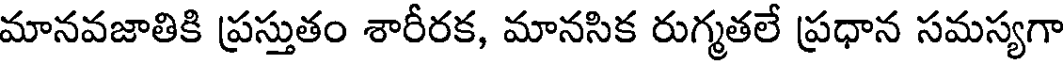
మానవజాతికి ప్రస్తుతం శారీరక, మానసిక రుగ్మతలే ప్రధాన సమస్యగా